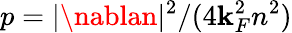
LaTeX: p=|\nablan|^{2}/(4\mathbf{k}_{F}^{2}n^{2})